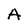
Character: A